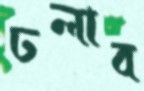
ঢলাব